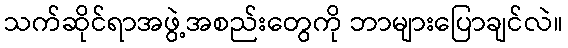
သက်ဆိုင်ရာအဖွဲ့အစည်းတွေကို ဘာများပြောချင်လဲ။